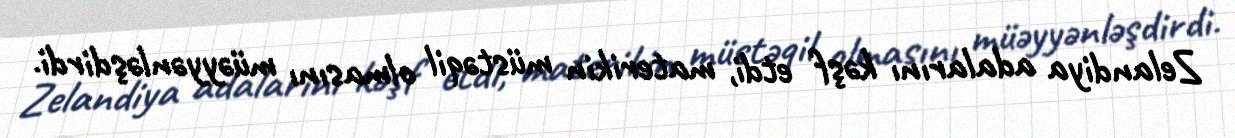
Zelandiya adalarını kəşf etdi, materikin müstəqil olmasını müəyyənləşdirdi.